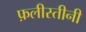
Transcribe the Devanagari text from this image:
फ़लीस्तीनी